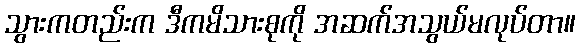
သွားကတည်းက ဒီကမိသားစုကို အဆက်အသွယ်မလုပ်တာ။